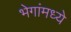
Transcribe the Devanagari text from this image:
भेगांमध्ये